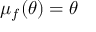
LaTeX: \mu _ { f } ( \theta ) = \theta